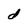
Character: d